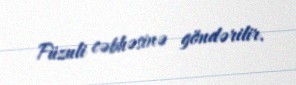
Füzuli cəbhəsinə göndərilir.